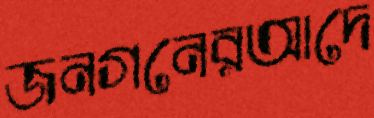
জনগনেরআদে